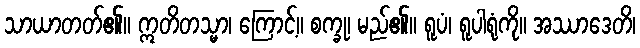
သာယာတတ်၏။ ဣတိတသ္မာ၊ ကြောင့်။ စက္ခု၊ မည်၏။ ရူပံ၊ ရူပါရုံကို။ အဿာဒေတိ၊